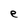
Character: e